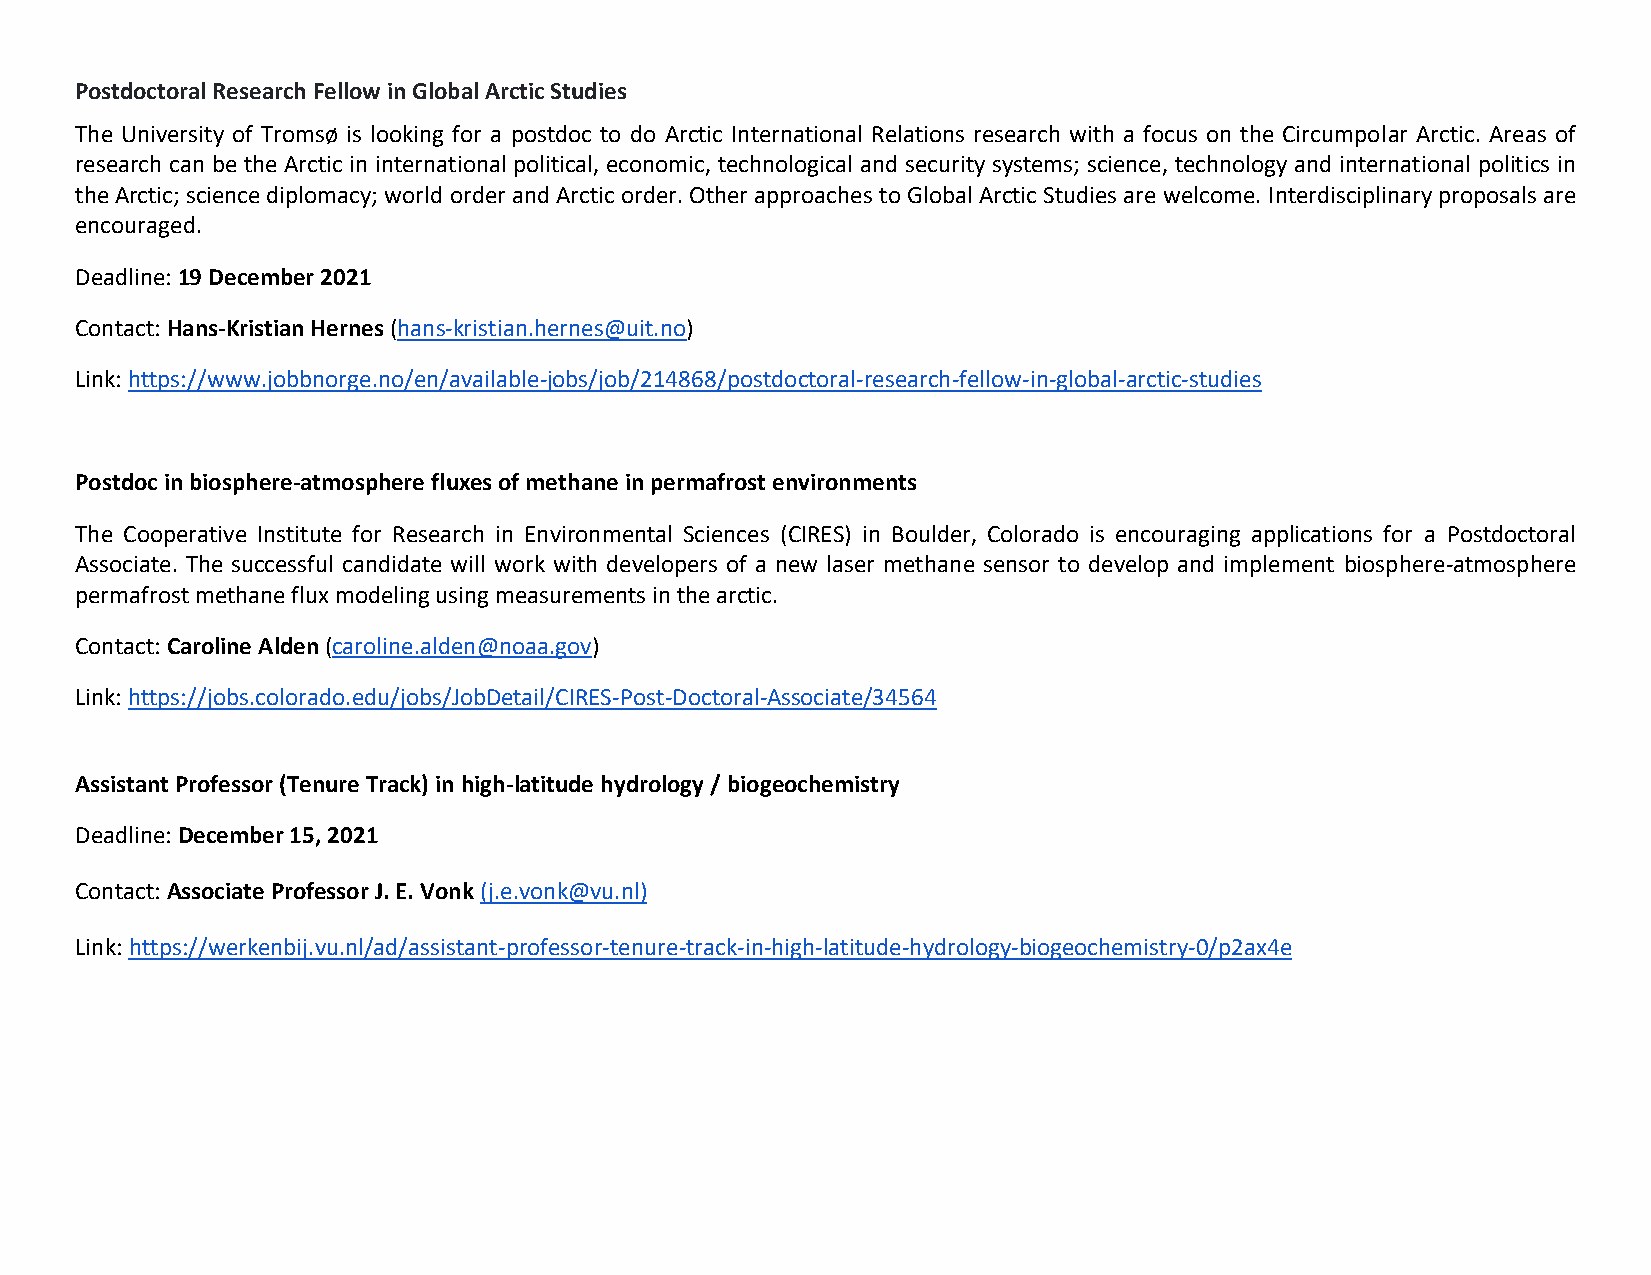
Postdoctoral Research Fellow in Global Arctic Studies
 The University of Tromsø is looking for a postdoc to do Arctic International Relations research with a focus on the Circumpolar Arctic. Areas of
 research can be the Arctic in international political, economic, technological and security systems; science, technology and international politics in
 the Arctic; science diplomacy; world order and Arctic order. Other approaches to Global Arctic Studies are welcome. Interdisciplinary proposals are
 encouraged.
 Deadline: 19 December 2021
 Contact: Hans-Kristian Hernes (hans-kristian.hernes@uit.no)
 Link: https://www.jobbnorge.no/en/available-jobs/job/214868/postdoctoral-research-fellow-in-global-arctic-studies
 Postdoc in biosphere-atmosphere fluxes of methane in permafrost environments
 The Cooperative Institute for Research in Environmental Sciences (CIRES) in Boulder, Colorado is encouraging applications for a Postdoctoral
 Associate. The successful candidate will work with developers of a new laser methane sensor to develop and implement biosphere-atmosphere
 permafrost methane flux modeling using measurements in the arctic.
 Contact: Caroline Alden (caroline.alden@noaa.gov)
 Link: https://jobs.colorado.edu/jobs/JobDetail/CIRES-Post-Doctoral-Associate/34564
 Assistant Professor (Tenure Track) in high-latitude hydrology / biogeochemistry
 Deadline: December 15, 2021
 Contact: Associate Professor J. E. Vonk (j.e.vonk@vu.nl)
 Link: https://werkenbij.vu.nl/ad/assistant-professor-tenure-track-in-high-latitude-hydrology-biogeochemistry-0/p2ax4e